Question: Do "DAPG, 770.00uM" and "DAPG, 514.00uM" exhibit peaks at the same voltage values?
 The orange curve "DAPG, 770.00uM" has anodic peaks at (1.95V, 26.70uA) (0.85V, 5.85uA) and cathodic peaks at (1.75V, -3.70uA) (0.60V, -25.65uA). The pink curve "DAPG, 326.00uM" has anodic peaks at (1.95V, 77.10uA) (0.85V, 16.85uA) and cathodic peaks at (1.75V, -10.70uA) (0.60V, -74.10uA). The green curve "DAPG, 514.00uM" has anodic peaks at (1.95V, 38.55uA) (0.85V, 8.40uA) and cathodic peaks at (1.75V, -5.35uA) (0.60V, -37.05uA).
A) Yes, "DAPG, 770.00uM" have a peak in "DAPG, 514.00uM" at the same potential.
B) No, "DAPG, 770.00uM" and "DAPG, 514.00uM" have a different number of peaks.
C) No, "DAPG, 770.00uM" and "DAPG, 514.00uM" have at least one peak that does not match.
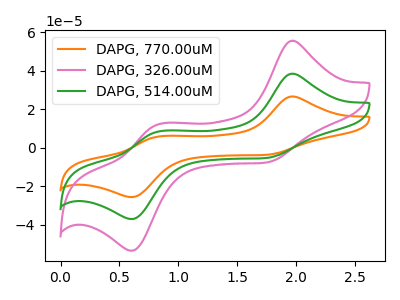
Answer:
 <answer>A) Yes, "DAPG, 770.00uM" have a peak in "DAPG, 514.00uM" at the same potential.</answer>
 <eval>A</eval>